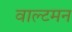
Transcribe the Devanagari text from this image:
वाल्टमन